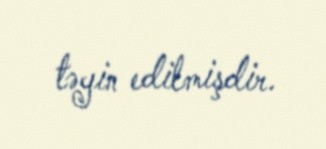
təyin edilmişdir.